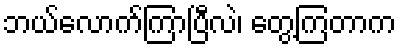
ဘယ်လောက်ကြာပြီလဲ၊ တွေ့ကြတာက